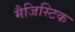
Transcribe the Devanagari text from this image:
मैजिस्टिक